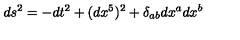
d s ^ { 2 } = - d t ^ { 2 } + ( d x ^ { 5 } ) ^ { 2 } + \delta _ { a b } d x ^ { a } d x ^ { b }